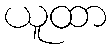
ယူထာ